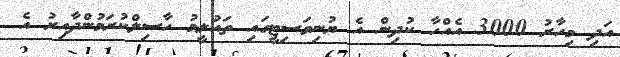
އަދި މިހާރު 3000 އެއްހާ ކުދިން އެ ޔުނިވަސިޓީގައި ތައުލީމު ހާސިލްކުރަމުންދާއިރު އެ